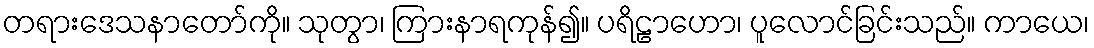
တရားဒေသနာတော်ကို။ သုတွာ၊ ကြားနာရကုန်၍။ ပရိဠာဟော၊ ပူလောင်ခြင်းသည်။ ကာယေ၊